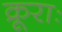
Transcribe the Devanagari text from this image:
क्रूराः